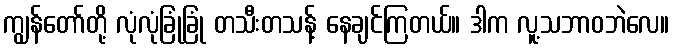
ကျွန်တော်တို့ လုံလုံခြုံခြုံ တသီးတသန့် နေချင်ကြတယ်။ ဒါက လူ့သဘာဝဘဲလေ။